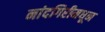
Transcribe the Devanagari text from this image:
नांदगिरीमधून